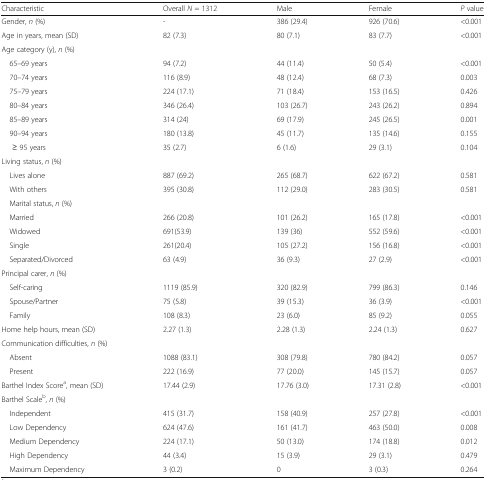
<table><thead><tr><td><b>Characteristic</b></td><td><b>Overall <i>N</i> = 1312</b></td><td><b>Male</b></td><td><b>Female</b></td><td><b><i>P</i> value</b></td></tr></thead><tbody><tr><td>Gender, <i>n</i> (%)</td><td>-</td><td>386 (29.4)</td><td>926 (70.6)</td><td>&lt;0.001</td></tr><tr><td>Age in years, mean (SD)</td><td>82 (7.3)</td><td>80 (7.1)</td><td>83 (7.7)</td><td>&lt;0.001</td></tr><tr><td colspan="5">Age category (y), <i>n</i> (%)</td></tr><tr><td> 65–69 years</td><td>94 (7.2)</td><td>44 (11.4)</td><td>50 (5.4)</td><td>&lt;0.001</td></tr><tr><td> 70–74 years</td><td>116 (8.9)</td><td>48 (12.4)</td><td>68 (7.3)</td><td>0.003</td></tr><tr><td> 75–79 years</td><td>224 (17.1)</td><td>71 (18.4)</td><td>153 (16.5)</td><td>0.426</td></tr><tr><td> 80–84 years</td><td>346 (26.4)</td><td>103 (26.7)</td><td>243 (26.2)</td><td>0.894</td></tr><tr><td> 85–89 years</td><td>314 (24)</td><td>69 (17.9)</td><td>245 (26.5)</td><td>0.001</td></tr><tr><td> 90–94 years</td><td>180 (13.8)</td><td>45 (11.7)</td><td>135 (14.6)</td><td>0.155</td></tr><tr><td>≥ 95 years</td><td>35 (2.7)</td><td>6 (1.6)</td><td>29 (3.1)</td><td>0.104</td></tr><tr><td colspan="5">Living status, <i>n</i> (%)</td></tr><tr><td> Lives alone</td><td>887 (69.2)</td><td>265 (68.7)</td><td>622 (67.2)</td><td>0.581</td></tr><tr><td> With others</td><td>395 (30.8)</td><td>112 (29.0)</td><td>283 (30.5)</td><td>0.581</td></tr><tr><td colspan="5"> Marital status, <i>n</i> (%)</td></tr><tr><td> Married</td><td>266 (20.8)</td><td>101 (26.2)</td><td>165 (17.8)</td><td>&lt;0.001</td></tr><tr><td> Widowed</td><td>691(53.9)</td><td>139 (36)</td><td>552 (59.6)</td><td>&lt;0.001</td></tr><tr><td> Single</td><td>261(20.4)</td><td>105 (27.2)</td><td>156 (16.8)</td><td>&lt;0.001</td></tr><tr><td> Separated/Divorced</td><td>63 (4.9)</td><td>36 (9.3)</td><td>27 (2.9)</td><td>&lt;0.001</td></tr><tr><td colspan="5">Principal carer, <i>n</i> (%)</td></tr><tr><td> Self-caring</td><td>1119 (85.9)</td><td>320 (82.9)</td><td>799 (86.3)</td><td>0.146</td></tr><tr><td> Spouse/Partner</td><td>75 (5.8)</td><td>39 (15.3)</td><td>36 (3.9)</td><td>&lt;0.001</td></tr><tr><td> Family</td><td>108 (8.3)</td><td>23 (6.0)</td><td>85 (9.2)</td><td>0.055</td></tr><tr><td>Home help hours, mean (SD)</td><td>2.27 (1.3)</td><td>2.28 (1.3)</td><td>2.24 (1.3)</td><td>0.627</td></tr><tr><td colspan="5">Communication difficulties, <i>n</i> (%)</td></tr><tr><td> Absent</td><td>1088 (83.1)</td><td>308 (79.8)</td><td>780 (84.2)</td><td>0.057</td></tr><tr><td> Present</td><td>222 (16.9)</td><td>77 (20.0)</td><td>145 (15.7)</td><td>0.057</td></tr><tr><td>Barthel Index Score<sup>a</sup>, mean (SD)</td><td>17.44 (2.9)</td><td>17.76 (3.0)</td><td>17.31 (2.8)</td><td>&lt;0.001</td></tr><tr><td colspan="5">Barthel Scale<sup>b</sup>, <i>n</i> (%)</td></tr><tr><td> Independent</td><td>415 (31.7)</td><td>158 (40.9)</td><td>257 (27.8)</td><td>&lt;0.001</td></tr><tr><td> Low Dependency</td><td>624 (47.6)</td><td>161 (41.7)</td><td>463 (50.0)</td><td>0.008</td></tr><tr><td> Medium Dependency</td><td>224 (17.1)</td><td>50 (13.0)</td><td>174 (18.8)</td><td>0.012</td></tr><tr><td> High Dependency</td><td>44 (3.4)</td><td>15 (3.9)</td><td>29 (3.1)</td><td>0.479</td></tr><tr><td> Maximum Dependency</td><td>3 (0.2)</td><td>0</td><td>3 (0.3)</td><td>0.264</td></tr></tbody></table>